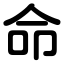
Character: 命